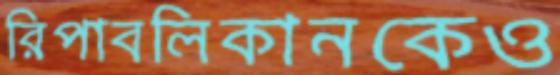
রিপাবলিকানকেও